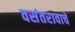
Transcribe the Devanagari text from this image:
वसंतरावाचे